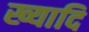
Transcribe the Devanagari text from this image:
ख्यादि